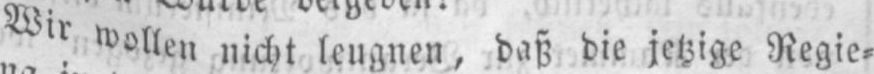
Wir wollennicht leugnen, daß die jetzige Regie⸗